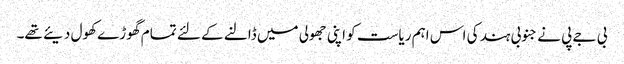
بی جے پی نے جنوبی ہند کی اس اہم ریاست کو اپنی جھولی میں ڈالنے کے لئے تمام گھوڑے کھول دیئے تھے۔